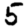
Digit: 5